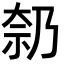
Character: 𪥑